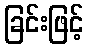
ခြင်းဖြင့်